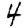
Digit: 4